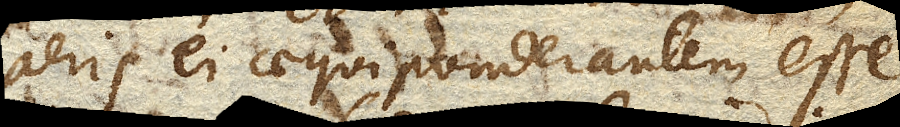
aeris ei aequiponderantem esse